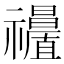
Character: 𥜩